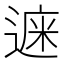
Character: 𨕁